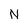
Character: N